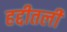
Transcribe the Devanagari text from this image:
हद्दीतली